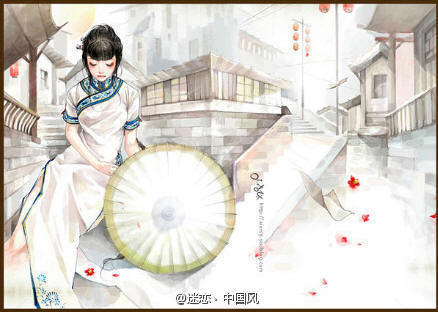
君知妾有夫，赠妾双明珠。